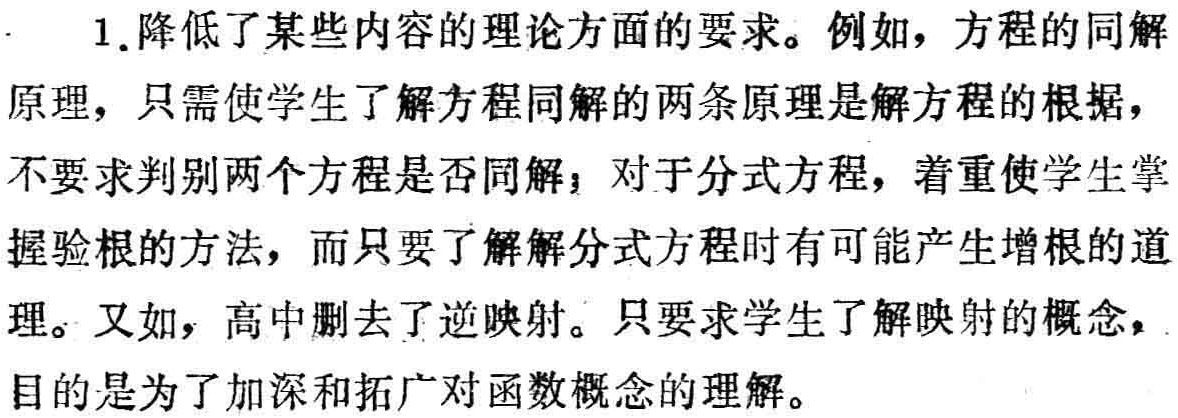
1.降低了某些内容的理论方面的要求。例如，方程的同解

原理，只需使学生了解方程同解的两条原理是解方程的根据，

不要求判别两个方程是否同解；对于分式方程，着重使学生掌

握验根的方法，而只要了解解分式方程时有可能产生增根的道

理。又如，高中删去了逆映射。只要求学生了解映射的概念，

目的是为了加深和拓广对函数概念的理解。